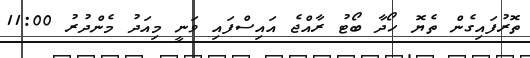
ތޮރުފައިގެން ތެޔޮ ހޯދާ ބޯޓު ރާއްޖެ އައިސްފައި ވަނީ މިއަދު މެންދުރު 11:00